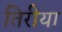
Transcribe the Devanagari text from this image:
तिरीया